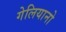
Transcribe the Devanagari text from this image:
गेलियानो